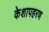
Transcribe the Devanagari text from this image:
केशापहरण